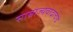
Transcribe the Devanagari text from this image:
साम्राज्यवादाचेच